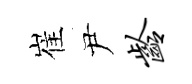
崔尹龄